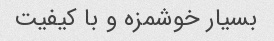
بسیار خوشمزه و با کیفیت